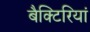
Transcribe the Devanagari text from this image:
बैक्टिरियां